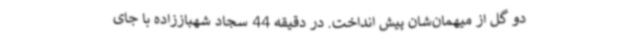
دو گل از میهمان‌شان پیش انداخت. در دقیقه 44 سجاد شهباززاده با جای